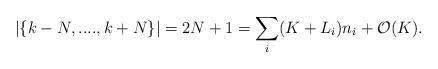
LaTeX: \begin{align*}|\{ k-N,....,k+N \}| = 2N + 1 = \sum_i (K+L_i)n_i + \mathcal{O}(K).\end{align*}